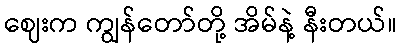
ဈေးက ကျွန်တော်တို့ အိမ်နဲ့ နီးတယ်။